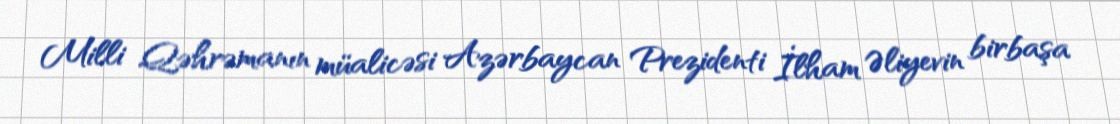
Milli Qəhrəmanın müalicəsi Azərbaycan Prezidenti İlham Əliyevin birbaşa